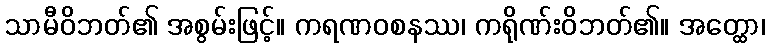
သာမီဝိဘတ်၏ အစွမ်းဖြင့်။ ကရဏဝစနဿ၊ ကရိုဏ်းဝိဘတ်၏။ အတ္ထော၊